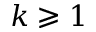
k \geqslant 1